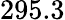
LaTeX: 295.3